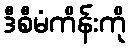
ဒီစီမံကိန်းကို